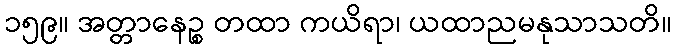
၁၅၉။ အတ္တာနေဉ္စ တထာ ကယိရာ၊ ယထာညမနုသာသတိ။